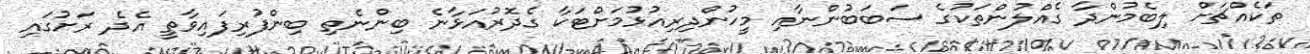
ތަކެއްޗަށް ލިބެމުންދާ ގެއްލުންތަކުގެ ސަބަބުންނާއި މީހުންދިރިއުޅުމަށްޓަކާ ގެދޮރުއަޅާނެ ބިންނެތި ބިންފުރިފައިވާތީ އެދެ ރަށުގައި